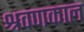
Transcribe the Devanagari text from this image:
श्रवणकाल